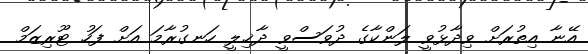
އޭނާ އިތުރަށް ވިދާޅުވީ ލަންކާގެ ދުވަސްވީ ދާޚިލީ ހަނގުރާމަ އަށް ފަހު ޓޫރިޒަމް